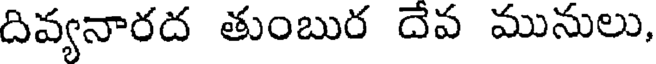
దివ్యనారద తుంబుర దేవ మునులు,